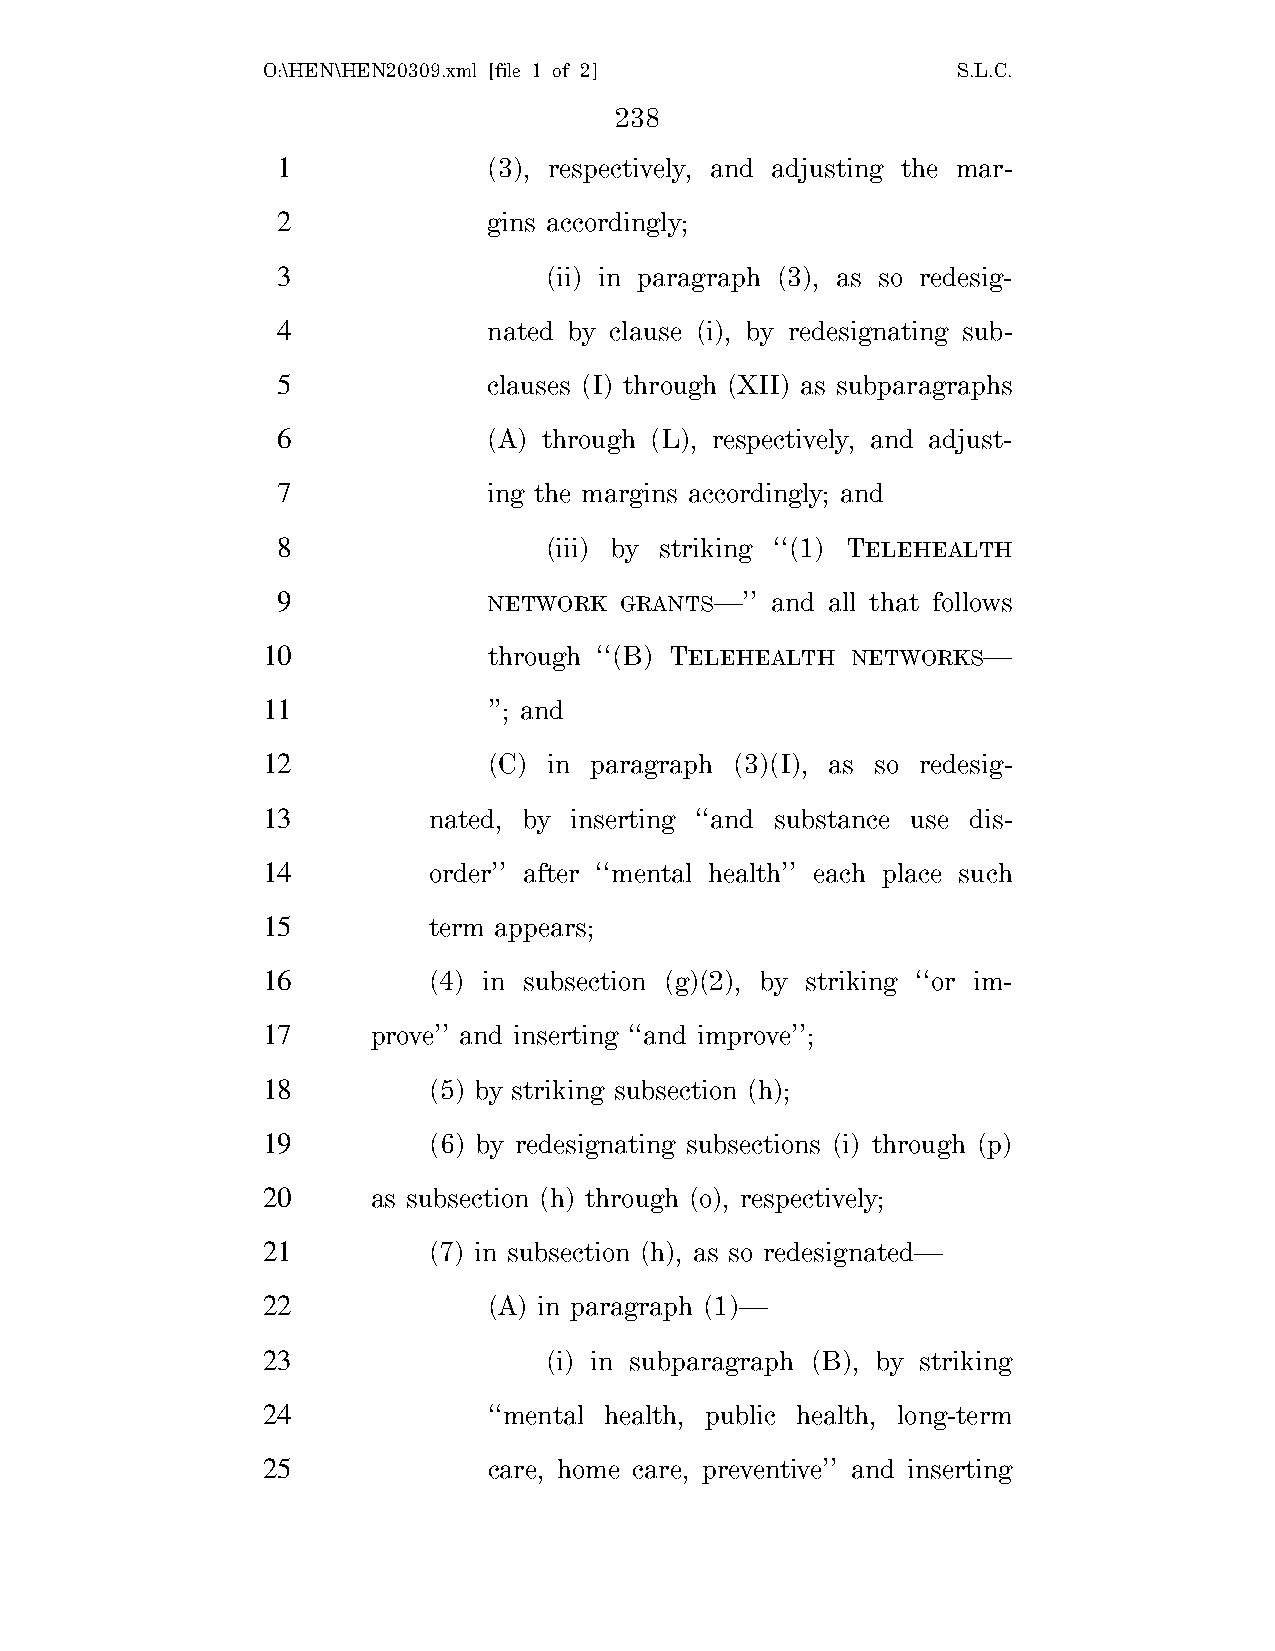
O:\HEN\HEN20309.xml [file 1 of 2]             S.L.C.
 238
 1             (3), respectively, and adjusting the mar-
 2             gins accordingly;
 3                 (ii) in paragraph (3), as so redesig-
 4             nated by clause (i), by redesignating sub-
 5             clauses (I) through (XII) as subparagraphs
 6             (A) through (L), respectively, and adjust-
 7             ing the margins accordingly; and
 8                 (iii) by striking ‘‘(1) TELEHEALTH
 9             NETWORK  GRANTS—’’ and all that follows
 10             through ‘‘(B) TELEHEALTH NETWORKS—
 11             ’’; and
 12             (C) in paragraph (3)(I), as so redesig-
 13         nated, by inserting ‘‘and substance use dis-
 14         order’’ after ‘‘mental health’’ each place such
 15         term appears;
 16         (4) in subsection (g)(2), by striking ‘‘or im-
 17      prove’’ and inserting ‘‘and improve’’;
 18         (5) by striking subsection (h);
 19         (6) by redesignating subsections (i) through (p)
 20      as subsection (h) through (o), respectively;
 21         (7) in subsection (h), as so redesignated—
 22             (A) in paragraph (1)—
 23                 (i) in subparagraph (B), by striking
 24             ‘‘mental health, public health, long-term
 25             care, home care, preventive’’ and inserting